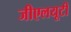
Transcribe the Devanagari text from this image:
जीएलयूटी